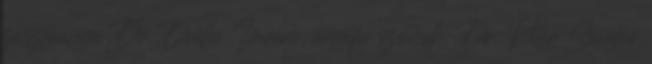
zászlóanya Dr. Dréhr Imréné, ünnepi szónok: Dr. Péter Sándor